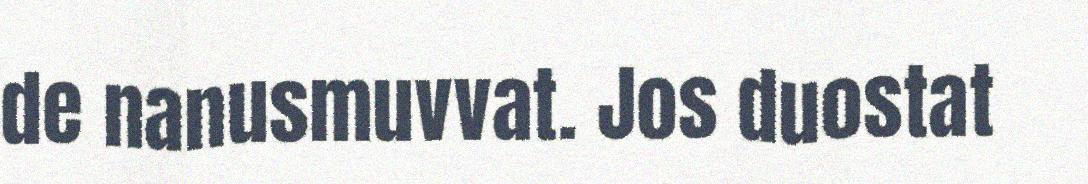
de nanusmuvvat. Jos duostat